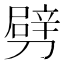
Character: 劈